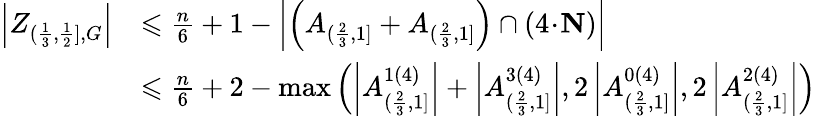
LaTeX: \begin{array}{rl}{\left|Z_{(\frac{1}{3},\frac{1}{2}],G}\right|}&{\leqslant\frac{n}{6}+1-\left|\left(A_{(\frac{2}{3},1]}+A_{(\frac{2}{3},1]}\right)\cap(4\! \cdot\! \mathbf{N})\right|}\\ &{\leqslant\frac{n}{6}+2-\operatorname*{max}\left(\left|A_{(\frac{2}{3},1]}^{1(4)}\right|+\left|A_{(\frac{2}{3},1]}^{3(4)}\right|,2\left|A_{(\frac{2}{3},1]}^{0(4)}\right|,2\left|A_{(\frac{2}{3},1]}^{2(4)}\right|\right)}\end{array}